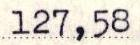
127,58